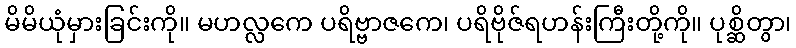
မိမိယုံမှားခြင်းကို။ မဟလ္လကေ ပရိဗ္ဗာဇကေ၊ ပရိဗိုဇ်ရဟန်းကြီးတို့ကို။ ပုစ္ဆိတွာ၊